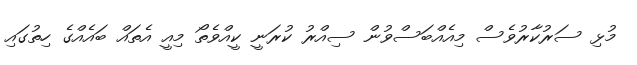
މުޅި ސަރުކާރުވެސް މިއެއްބަސްވުން ސިއްރު ކުރަނީ ކީއްވެތޯ މިއީ އެތައް ބައެއްގެ ހިތުގައި